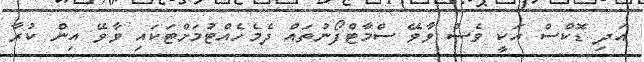
އަދި ޑޮކްސް އަކީ ވެސް ވާވޭ ސްމާޓްފޯނުތައް ދެމެހެއްޓުމަށްޓަކައި ވާވޭ އިން ކުރާ